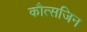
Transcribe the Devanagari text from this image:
कौत्सजिन